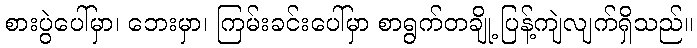
စားပွဲပေါ်မှာ၊ ဘေးမှာ၊ ကြမ်းခင်းပေါ်မှာ စာရွက်တချို့ ပြန့်ကျဲလျက်ရှိသည်။